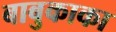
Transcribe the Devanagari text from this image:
बाबुकाका